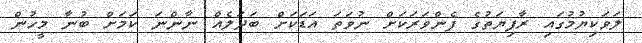
ލަވަކިޔުމުގައި ރާފިޔަތުގެ ފެންވަރަކަށް ނުވަތަ އަޑަކަށް ބަދަލެއް ނާންނަ ކަމަށް ބުނާ މީހުން